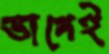
ভাগেই